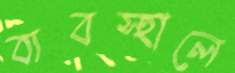
ব্যবস্হালে